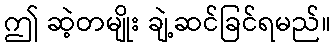
ဤ ဆဲ့တမျိုး ချဲ့ဆင်ခြင်ရမည်။